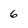
Character: 6